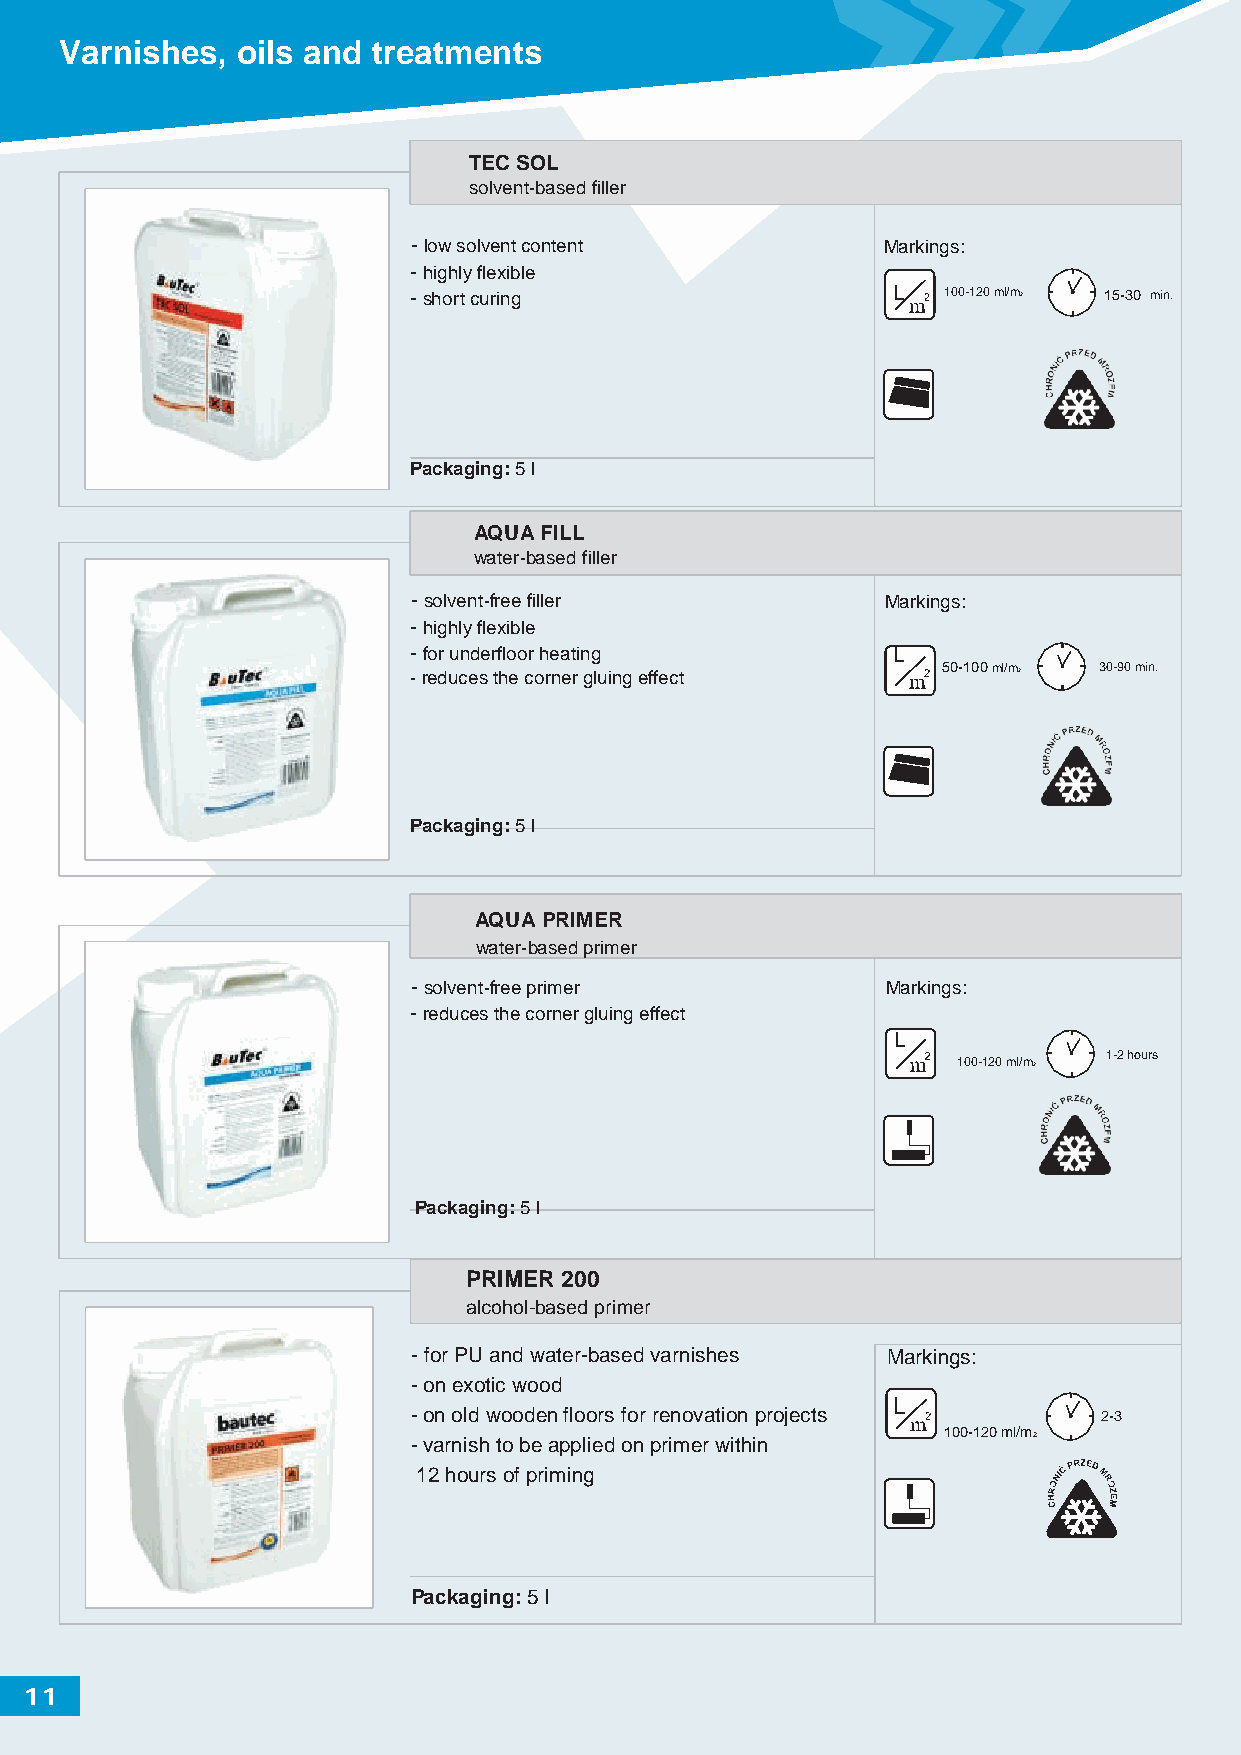
Varnishes,  oils and treatments
 TEC SOL
 solvent-based filler
 -low solvent content            Markings:
 -highly flexible
 -short curing                   L   100-120 ml/m2 15-30 min.
 Packaging: 5 l
 AQUA FILL
 water-based filler
 -solvent-free filler            Markings:
 -highly flexible
 -for underfloor heating         L
 -reduces the corner gluing effect
 50-100 ml/m2 30-90 min.
 Packaging: 5 l
 AQUA PRIMER
 water-based primer
 -solvent-free primer            Markings:
 -reduces the corner gluing effect
 L
 1-2 hours
 100-120 ml/m2
 Packaging: 5 l
 PRIMER 200
 alcohol-based primer
 -for PU and water-based varnishes Markings:
 -on exotic wood
 L
 -on old wooden floors for renovation projects 2-3
 -varnish to be applied on primer within
 100-120 ml/m2
 12 hours of priming
 Packaging: 5 l
 11